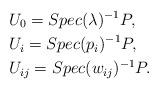
LaTeX: \begin{align*} & U_0=Spec (\lambda)^{-1}P,\\& U_i=Spec (p_i)^{-1}P,\\& U_{ij}=Spec (w_{ij})^{-1}P.\\\end{align*}